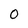
Character: 0